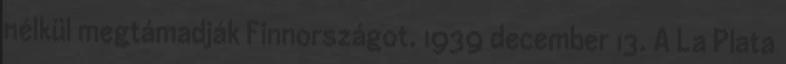
nélkül megtámadják Finnországot. 1939 december 13. A La Plata